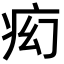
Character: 𬏠